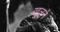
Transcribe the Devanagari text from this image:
खुलनें